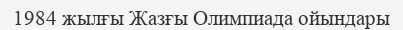
1984 жылғы Жазғы Олимпиада ойындары